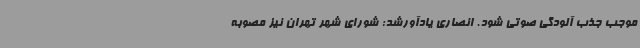
موجب جذب آلودگی صوتی شود. انصاری یادآورشد: شورای شهر تهران نیز مصوبه